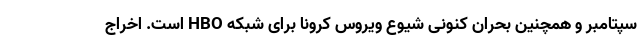
سپتامبر و همچنین بحران کنونی شیوع ویروس کرونا برای شبکه HBO است. اخراج